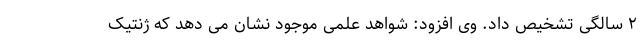
۲ سالگی تشخیص داد. وی افزود: شواهد علمی موجود نشان می دهد که ژنتیک